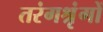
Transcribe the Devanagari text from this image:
तरंगश्रृंगों